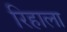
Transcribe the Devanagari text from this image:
रिहाला